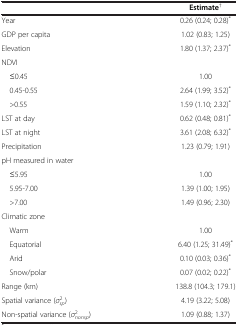
<table><thead><tr><td><b> </b></td><td><b>Estimate<sup>†</sup></b></td></tr></thead><tbody><tr><td>Year</td><td>0.26 (0.24; 0.28)<sup>*</sup></td></tr><tr><td>GDP per capita</td><td>1.02 (0.83; 1.25)</td></tr><tr><td>Elevation</td><td>1.80 (1.37; 2.37)<sup>*</sup></td></tr><tr><td colspan="2">NDVI</td></tr><tr><td> ≤0.45</td><td>1.00</td></tr><tr><td> 0.45-0.55</td><td>2.64 (1.99; 3.52)<sup>*</sup></td></tr><tr><td> &gt;0.55</td><td>1.59 (1.10; 2.32)<sup>*</sup></td></tr><tr><td>LST at day</td><td>0.62 (0.48; 0.81)<sup>*</sup></td></tr><tr><td>LST at night</td><td>3.61 (2.08; 6.32)<sup>*</sup></td></tr><tr><td>Precipitation</td><td>1.23 (0.79; 1.91)</td></tr><tr><td colspan="2">pH measured in water</td></tr><tr><td> ≤5.95</td><td>1.00</td></tr><tr><td> 5.95-7.00</td><td>1.39 (1.00; 1.95)</td></tr><tr><td> &gt;7.00</td><td>1.49 (0.96; 2.30)</td></tr><tr><td colspan="2">Climatic zone</td></tr><tr><td> Warm</td><td>1.00</td></tr><tr><td> Equatorial</td><td>6.40 (1.25; 31.49)<sup>*</sup></td></tr><tr><td> Arid</td><td>0.10 (0.03; 0.36)<sup>*</sup></td></tr><tr><td> Snow/polar</td><td>0.07 (0.02; 0.22)<sup>*</sup></td></tr><tr><td>Range (km)</td><td>138.8 (104.3; 179.1)</td></tr><tr><td>Spatial variance (<i>σ</i><sup>2</sup><sub><i>sp</i></sub>)</td><td>4.19 (3.22; 5.08)</td></tr><tr><td>Non-spatial variance (<i>σ</i><sup>2</sup><sub><i>nonsp</i></sub>)</td><td>1.09 (0.88; 1.37)</td></tr></tbody></table>